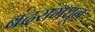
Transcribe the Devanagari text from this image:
बंदरांमधून